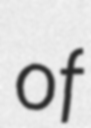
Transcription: of